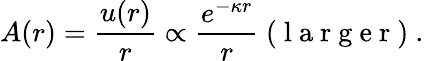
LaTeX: A(r)=\frac{u(r)}{r}\propto\frac{e^{-\kappa r}}{r}\mathrm{~(~l~a~r~g~e~r~)~}.